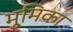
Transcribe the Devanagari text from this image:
भूुमिका